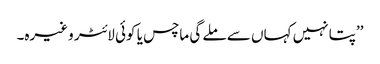
’’پتا نہیں کہاں سے ملے گی ماچس یا کوئی لائٹر وغیرہ۔